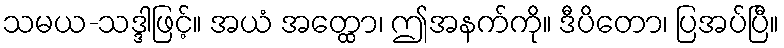
သမယ-သဒ္ဒါဖြင့်။ အယံ အတ္ထော၊ ဤအနက်ကို။ ဒီပိတော၊ ပြအပ်ပြီ။